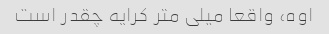
اوه، واقعا میلی متر کرایه چقدر است